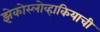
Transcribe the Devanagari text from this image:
झेकोस्लोव्हाकियाची